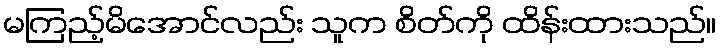
မကြည့်မိအောင်လည်း သူက စိတ်ကို ထိန်းထားသည်။